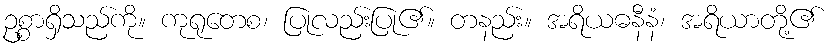
ဥစ္စာရှိသည်ကို။ ကုရုတေစ၊ ပြုလည်းပြု၏။ တနည်း။ အရိယဓနီနံ၊ အရိယာတို့၏